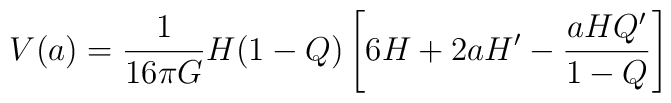
V(a) = \frac{1}{16\pi G} H (1-Q)\left[6H + 2aH' - \frac{aH Q'}{1-Q}\right]